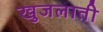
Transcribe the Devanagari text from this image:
खुजलाती